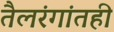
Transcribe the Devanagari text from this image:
तैलरंगांतही